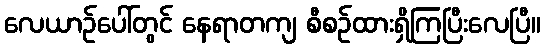
လေယာဉ်ပေါ်တွင် နေရာတကျ စီစဉ်ထားရှိကြပြီးလေပြီ။